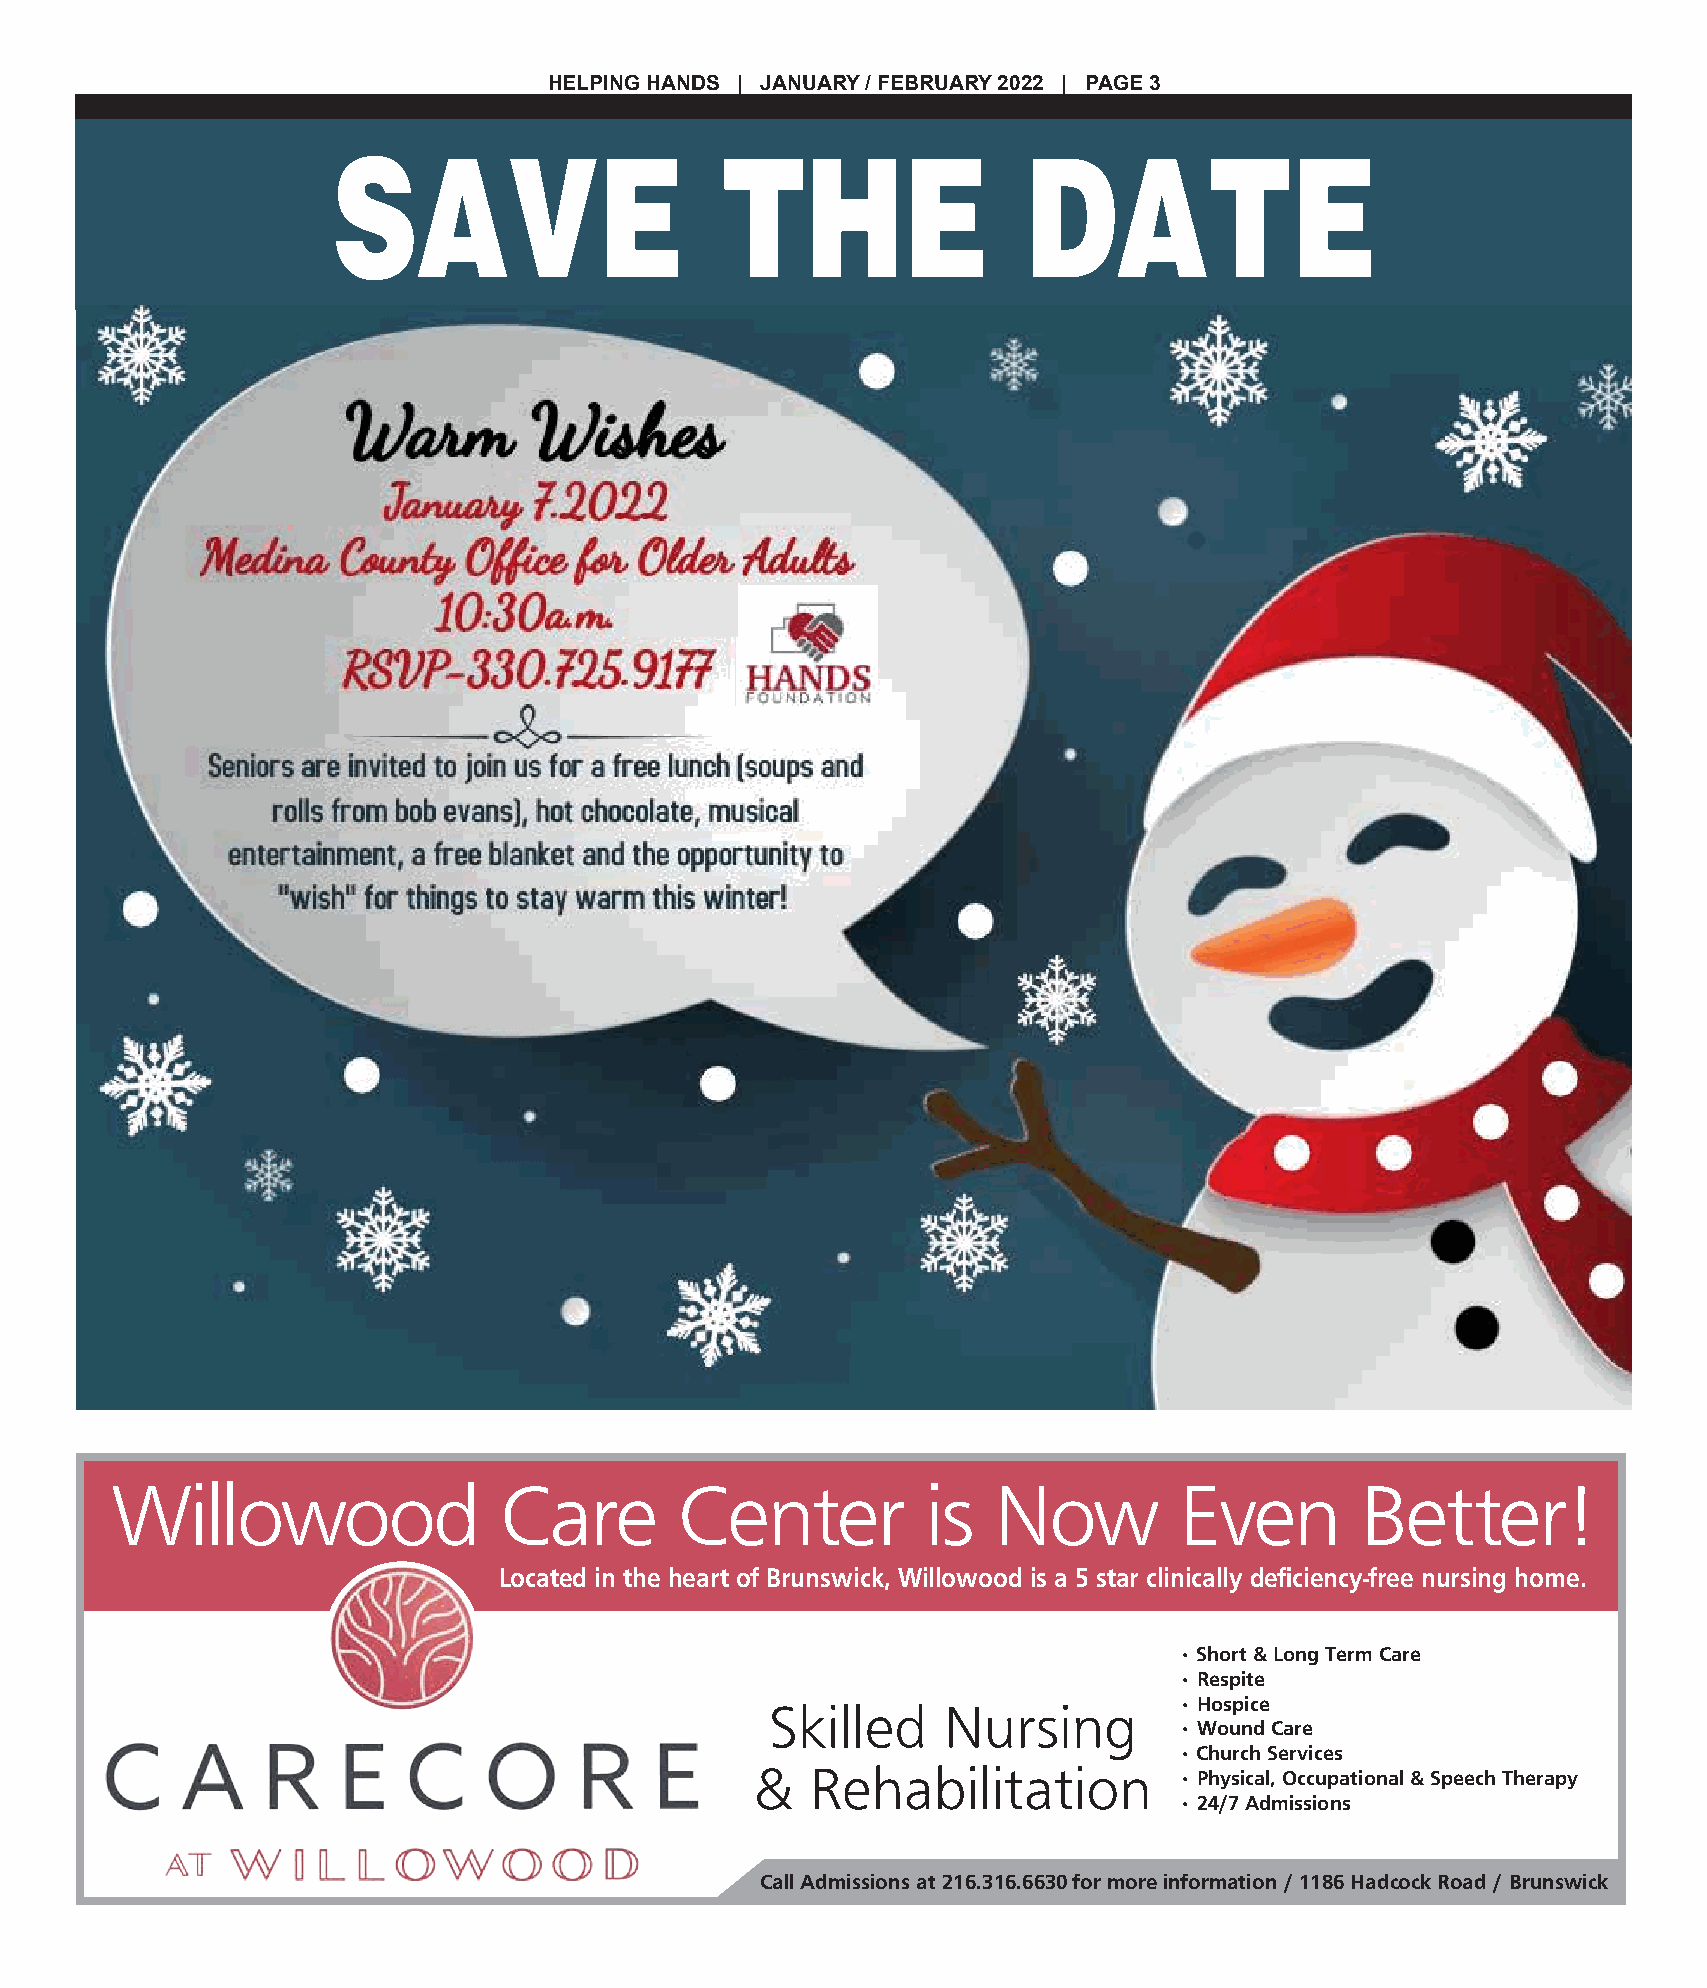
HELPING HANDS | JANUARY / FEBRUARY 2022 | PAGE 3
 SAVE                      THE                 DATE
 Willowood                 Care        Center          is   Now         Even        Better!
 Located in the heart of Brunswick, Willowood is a 5 star clinically deficiency-free nursing home.
 • Short & Long Term Care
 • Respite
 Skilled    Nursing         • Hospice
 • Wound Care
 • Church Services
 &   Rehabilitation
 • Physical, Occupational & Speech Therapy
 • 24/7 Admissions
 Call Admissions at 216.316.6630 for more information / 1186 Hadcock Road / Brunswick